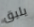
يليق